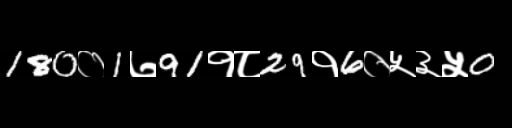
Text: 180०1७91१८29१6०५३५0